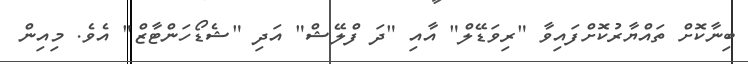
ބިނާކޮށް ތައްޔާރުކޮށްފައިވާ "ރިވަޑޭލް" އާއި "ދަ ފްލޭޝް" އަދި "ޝެޑޯހަންޓާޒް" އެވެ. މިއިން